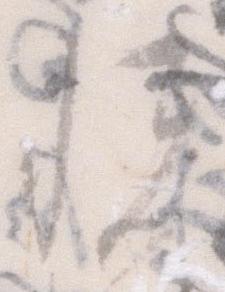
悦